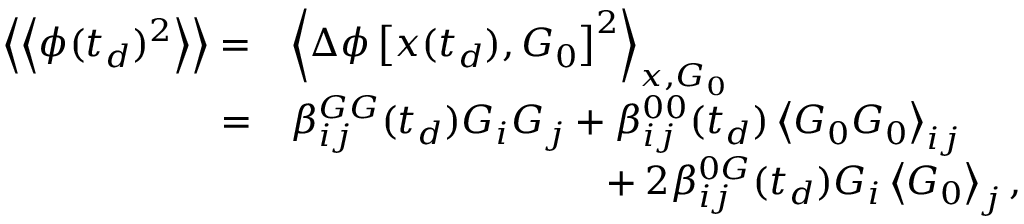
\begin{array} { r l } { \left\langle \left\langle \phi ( t _ { d } ) ^ { 2 } \right\rangle \right\rangle = } & { \left\langle \Delta \phi \left[ \boldsymbol { x } ( t _ { d } ) , \boldsymbol { G } _ { 0 } \right] ^ { 2 } \right\rangle _ { x , G _ { 0 } } } \\ { = } & { \beta _ { i j } ^ { G G } ( t _ { d } ) G _ { i } G _ { j } + \beta _ { i j } ^ { 0 0 } ( t _ { d } ) \left\langle \boldsymbol { G } _ { 0 } \boldsymbol { G } _ { 0 } \right\rangle _ { i j } } \\ & { \hphantom { \beta _ { i j } ^ { G G } ( t _ { d } ) G _ { i } G _ { j } + } + 2 \beta _ { i j } ^ { 0 G } ( t _ { d } ) G _ { i } \left\langle \boldsymbol { G } _ { 0 } \right\rangle _ { j } , } \end{array}